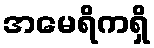
အမေရိကရှိ